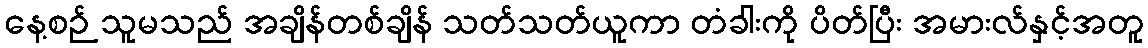
နေ့စဉ် သူမသည် အချိန်တစ်ချိန် သတ်သတ်ယူကာ တံခါးကို ပိတ်ပြီး အမားလ်နှင့်အတူ